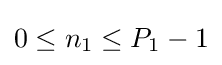
0\leq n_{1}\leq P_{1}-1